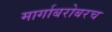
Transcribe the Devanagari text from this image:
मार्गाबरोबरच